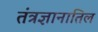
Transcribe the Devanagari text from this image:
तंत्रज्ञानातिल